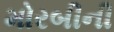
મોરબીની